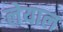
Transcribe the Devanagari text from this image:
लेयाल